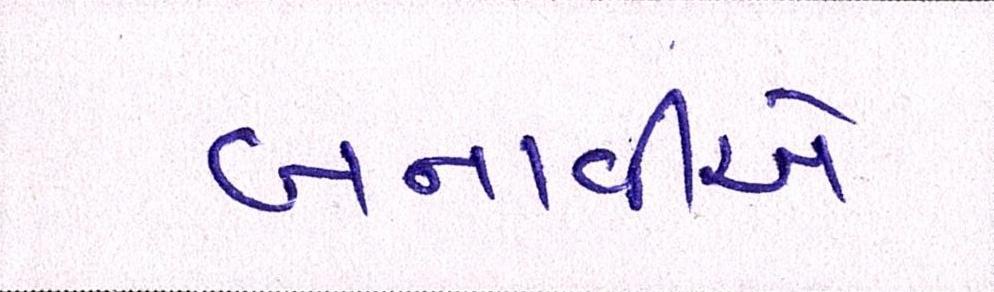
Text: બનાવીએ